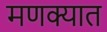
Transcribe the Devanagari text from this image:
मणक्‍यात